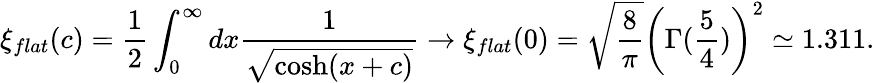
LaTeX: \xi_{flat}(c)=\frac 12\int_{0}^{\infty}dx\frac{1}{\sqrt{\cosh(x+c)}}\rightarrow\xi_{flat}(0)=\sqrt{\frac{8}{\pi}}\left(\Gamma(\frac{5}{4})\right)^{2}\simeq 1.311.